Annual report of the Imperial Bacteriologist
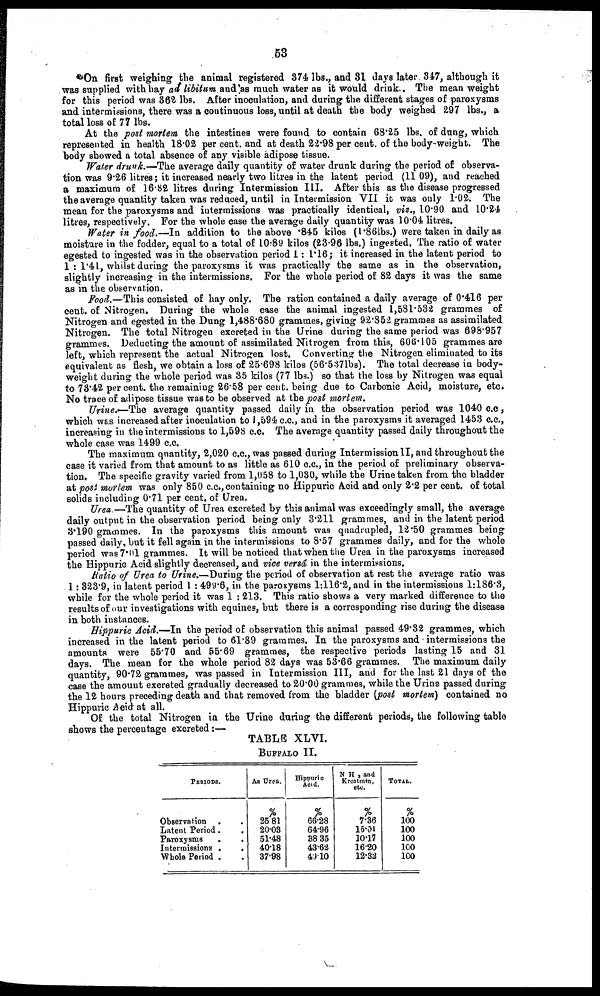
53
On first weighing the animal registered 374 lbs., and 31 days later 347, although it
was supplied with hay ad libitum and as much water as it would drink.. The mean weight
for this period was 362 lbs. After inoculation, and during the different stages of paroxysms
and intermissions, there was a continuous loss, until at death the body weighed 297 lbs„ a
total loss of 77 lbs.
At the post mortem the intestines were found to contain 68.25 lbs. of dung, which
represented in health 18.02 per cent. and at death 22.98 per cent. of the body-weight. The
body showed a total absence of any visible adipose tissue.
Water drunk.—The average daily quantity of water drunk during the period of observa-
tion was 9.26 litres; it increased nearly two litres in the latent period (11.09), and reached
a maximum of 16.82 litres during Intermission III. After this as the disease progressed
the average quantity taken was reduced, until in Intermission VII it was only 1.02. The
mean for the paroxysms and intermissions was practically identical, viz., 10.90 and 10.24
litres, respectively. For the whole case the average daily quantity was 10.04 litres.
Water in food.—In addition to the above .845 kilos (l.86lbs.) were taken in daily as
moisture in the fodder, equal to a total of 10.89 kilos (23.96 lbs.) ingested. The ratio of water
egested to ingested was in the observation period 1: 1.16; it increased in the latent period to
1 : 1.41, whilst during the paroxysms it was practically the same as in the observation,
slightly increasing in the intermissions. For the whole period of 82 days it was the same
as in the observation.
Food.—This consisted of hay only. The ration contained a daily average of 0.416 per
cent. of Nitrogen. During the whole case the animal ingested 1,581.532 grammes of
Nitrogen and egested in the Dung 1,488.680 grammes, giving 92.852 grammes as assimilated
Nitrogen. The total Nitrogen excreted in the Urine during the same period was 698.957
grammes. Deducting the amount of assimilated Nitrogen from this, 606.105 grammes are
left, which represent the actual Nitrogen lost. Converting the Nitrogen eliminated to its
equivalent as flesh, we obtain a loss of 25.698 kilos (56.537 lbs). The total decrease in body-
weight during the whole period was 35 kilos (77 lbs.) so that the loss by Nitrogen was equal
to 73.42 per cent. the remaining 26.58 per cent. being due to Carbonic Acid, moisture, etc.
No trace of adipose tissue was to be observed at the post mortem.
Urine.-The
average quantity passed daily in the observation period was 1040 c.c.,
which was increased after inoculation to 1,594 c.c., and in the paroxysms it averaged 1453 c.c.,
increasing in the intermissions to 1,598 c.c. The average quantity passed daily throughout the
whole case was 1499 c.c.
The maximum quantity, 2,020 c.c., was passed during Intermission II, and throughout the
case it varied from that amount to as little as 610 c.c., in the period of preliminary observa-
tion. The specific gravity varied from 1,058 to 1,030, while the Urine taken from the bladder
at post mortem was only 850 c.c., containing no Hippuric Acid and only 2.2 per cent. of total
solids including 0.71 per cent. of Urea.
Urea.—The quantity of Urea excreted by this animal was exceedingly small, the average
daily output in the observation period being only 3.211 grammes, and in the latent period
3.190 grammes. In the paroxysms this amount was quadrupled, 12.50 grammes being
passed daily, but it fell again in the intermissions to 8.57 grammes daily, and for the whole
period was 7.01 grammes. It will be noticed that when the Urea in the paroxysms increased
the Hippuric Acid slightly decreased, and vice versâ, in the intermissions.
Ratio of Urea to Urine.—During the period of observation at rest the average ratio was
1:323.9, in latent period 1 : 499.6, in the paroxysms 1:116.2, and in the intermissions 1:186.3,
while for the whole period it was 1 : 213. This ratio shows a very marked difference to the
results of our investigations with equines, but there is a corresponding rise during the disease
in both instances.
Hippuric Acid.—In the period of observation this animal passed 49.32 grammes, which
increased in the latent period to 61.89 grammes. In the paroxysms and intermissions the
amounts were 55.70 and 55.69 grammes, the respective periods lasting 15 and 31
days. The mean for the whole period 82 days was 53.66 grammes. The maximum daily
quantity, 90.72 grammes, was passed in Intermission III, and for the last 21 days of the
case the amount excreted gradually decreased to 20.00 grammes, while the Urine passed during
the 12 hours preceding death and that removed from the bladder (post mortem) contained no
Hippuric Acid at all.
Of the total Nitrogen in the Urine during the different periods, the following table
shows the percentage excreted:—-
TABLE XLVI.
BUFFALO II.
PERIODS.
Observation
Latent Period
Paroxysms
Intermissions
Whole Period
.
.
.
.
.
.
.
.
.
.
As Urea.
%
25.81
20.03
51.48
40.18
37.98
Hippuric
Acid.
%
66.28
64.96
38.35
43.62
49.10
N H 3 and
Kreatmin,
etc.
%
7.36
15.01
10.17
16.20
12.32
TOTAL.
%
100
100
100
100
100